NASA-UAP-D4, Apollo 11 Technical Crew Debriefing, 1969
Page 5
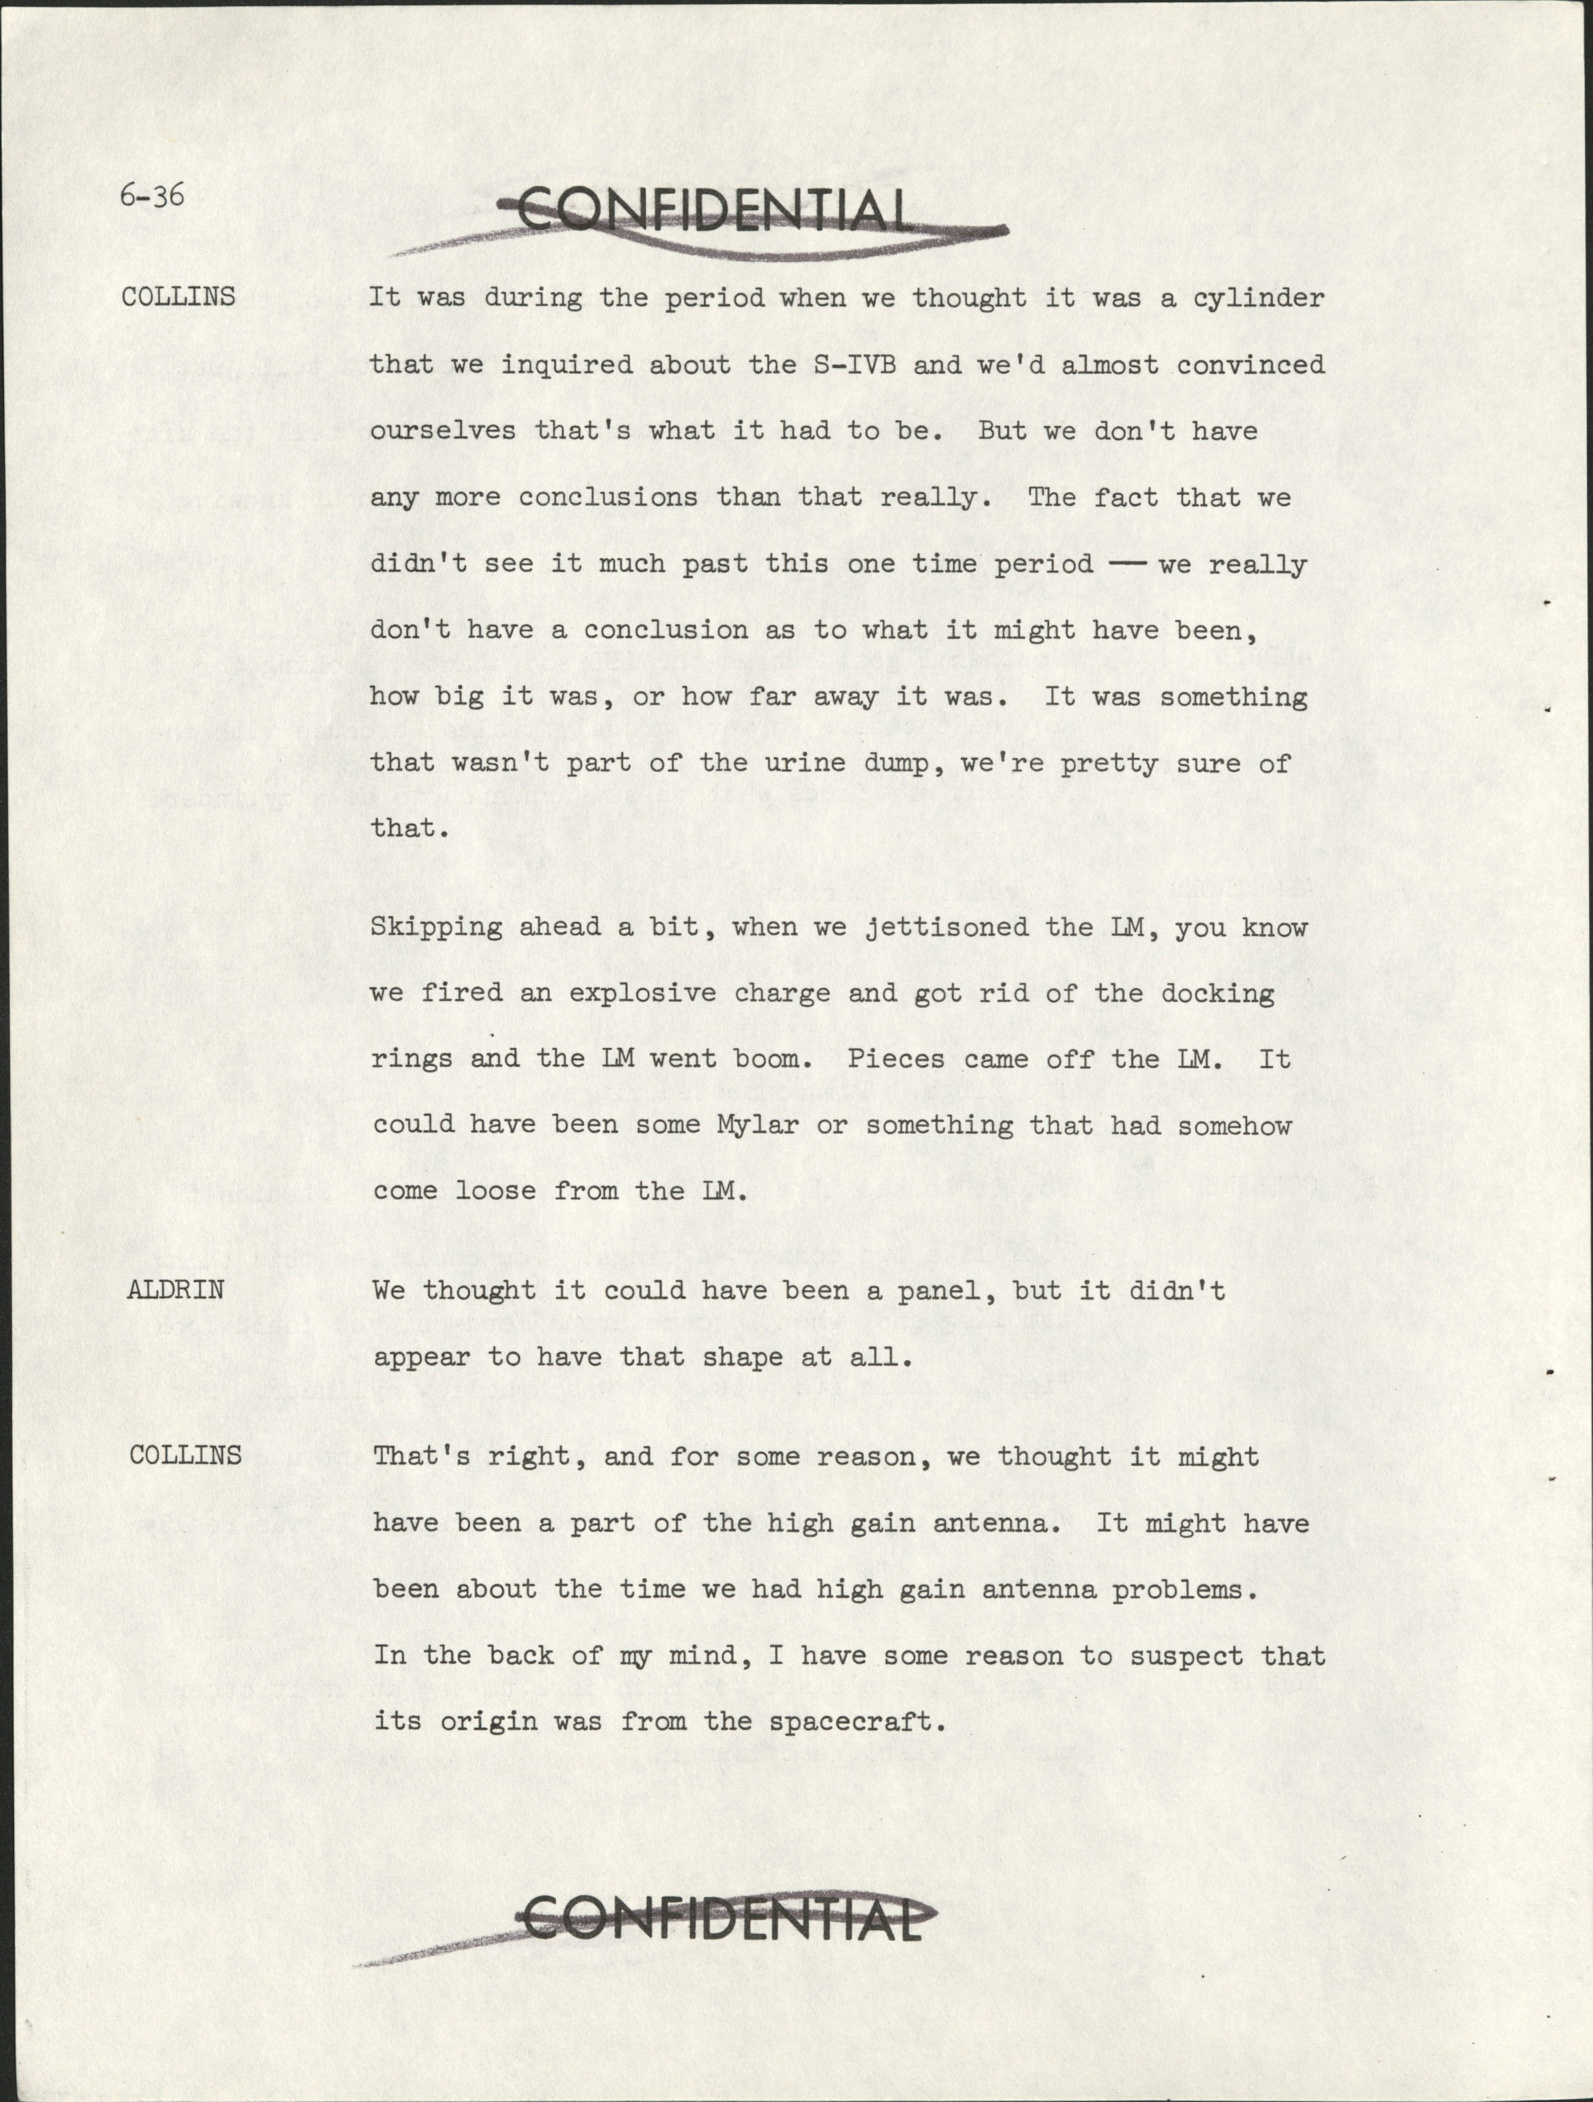